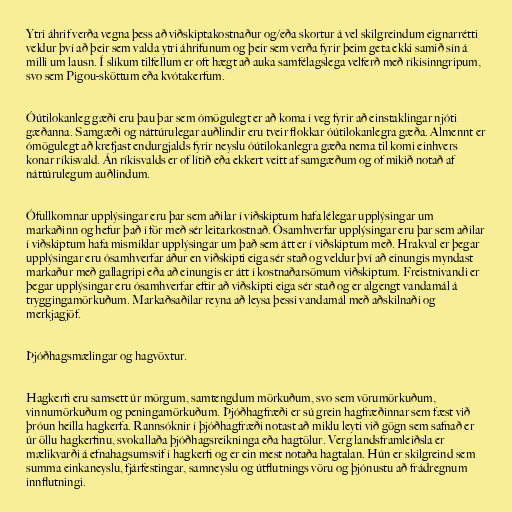
Ytri áhrif verða vegna þess að viðskiptakostnaður og/eða skortur á vel skilgreindum eignarrétti
veldur því að þeir sem valda ytri áhrifunum og þeir sem verða fyrir þeim geta ekki samið sín á
milli um lausn. Í slíkum tilfellum er oft hægt að auka samfélagslega velferð með ríkisinngripum,
svo sem Pigou-sköttum eða kvótakerfum.

Óútilokanleg gæði eru þau þar sem ómögulegt er að koma í veg fyrir að einstaklingar njóti
gæðanna. Samgæði og náttúrulegar auðlindir eru tveir flokkar óútilokanlegra gæða. Almennt er
ómögulegt að krefjast endurgjalds fyrir neyslu óútilokanlegra gæða nema til komi einhvers
konar ríkisvald. Án ríkisvalds er of lítið eða ekkert veitt af samgæðum og of mikið notað af
náttúrulegum auðlindum.

Ófullkomnar upplýsingar eru þar sem aðilar í viðskiptum hafa lélegar upplýsingar um
markaðinn og hefur það í för með sér leitarkostnað. Ósamhverfar upplýsingar eru þar sem aðilar
í viðskiptum hafa mismiklar upplýsingar um það sem átt er í viðskiptum með. Hrakval er þegar
upplýsingar eru ósamhverfar áður en viðskipti eiga sér stað og veldur því að einungis myndast
markaður með gallagripi eða að einungis er átt í kostnaðarsömum viðskiptum. Freistnivandi er
þegar upplýsingar eru ósamhverfar eftir að viðskipti eiga sér stað og er algengt vandamál á
tryggingamörkuðum. Markaðsaðilar reyna að leysa þessi vandamál með aðskilnaði og
merkjagjöf.

Þjóðhagsmælingar og hagvöxtur.

Hagkerfi eru samsett úr mörgum, samtengdum mörkuðum, svo sem vörumörkuðum,
vinnumörkuðum og peningamörkuðum. Þjóðhagfræði er sú grein hagfræðinnar sem fæst við
þróun heilla hagkerfa. Rannsóknir í þjóðhagfræði notast að miklu leyti við gögn sem safnað er
úr öllu hagkerfinu, svokallaða þjóðhagsreikninga eða hagtölur. Verg landsframleiðsla er
mælikvarði á efnahagsumsvif í hagkerfi og er ein mest notaða hagtalan. Hún er skilgreind sem
summa einkaneyslu, fjárfestingar, samneyslu og útflutnings vöru og þjónustu að frádregnum
innflutningi.